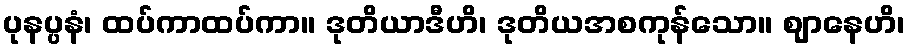
ပုနပ္ပနံ၊ ထပ်ကာထပ်ကာ။ ဒုတိယာဒီဟိ၊ ဒုတိယအစကုန်သော။ ဈာနေဟိ၊